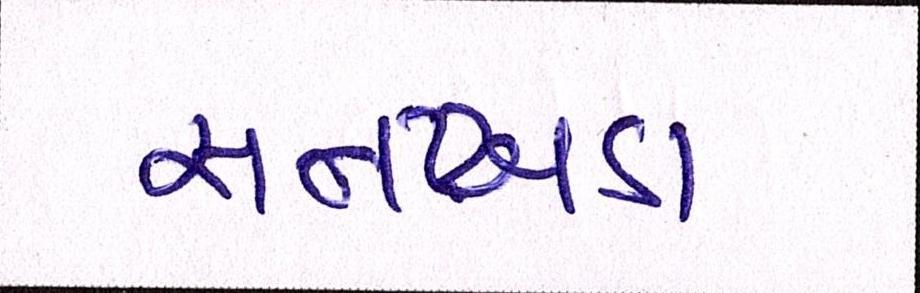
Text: સનખડા